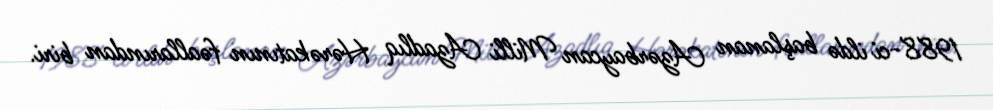
1988-ci ildə başlanan Azərbaycan Milli Azadlıq Hərəkatının fəallarından biri.